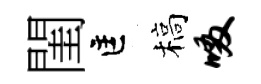
閨匡槁啜